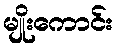
မျိုးကောင်း